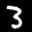
Label: 3